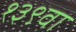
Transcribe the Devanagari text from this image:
१३९वा